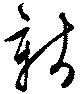
新